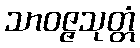
သာဝဇ္ဇသုတ္တံ